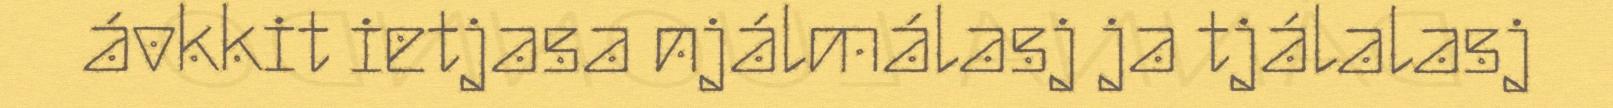
ávkkit ietjasa njálmálasj ja tjálalasj